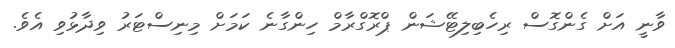
ވާނީ އަށް ގެންގޮސް ރިހެބިލިޓޭޝަން ޕްރޮގްރާމް ހިންގާނެ ކަމަށް މިނިސްޓަރު ވިދާޅުވި އެވެ.